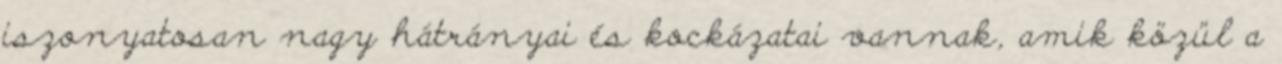
iszonyatosan nagy hátrányai és kockázatai vannak, amik közül a